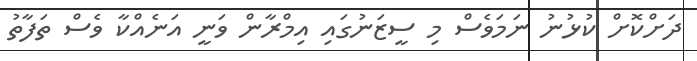
ދަށްކޮށް ކުޅުނު ނަމަވެސް މި ސީޒަނުގައި އިމްރާން ވަނީ އަނެއްކާ ވެސް ތަފާތު